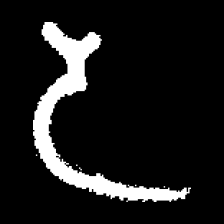
Pyu character \u2014 Myanmar letter: ဒ (romanized: da)